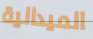
الميدالية